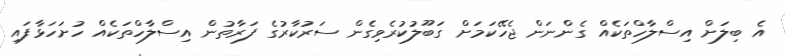
އެ ބިލަށް އިސްލާހްތަކެއް ގެންނަން ޖެހޭކަމަށް ގަބޫލުކުރެވިގެން ސަރުކާރުގެ ފަރާތުން އިސްލާހްތަކެއް ހުށަހަޅާފައި